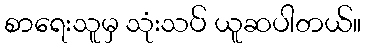
စာရေးသူမှ သုံးသပ် ယူဆပါတယ်။